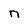
Character: n